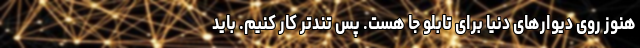
هنوز روی دیوارهای دنیا برای تابلو جا هست. پس تندتر کار کنیم. باید